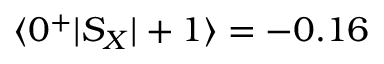
\langle 0 ^ { + } | S _ { X } | + 1 \rangle = - 0 . 1 6